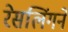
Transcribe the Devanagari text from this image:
रेसलिंगने